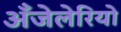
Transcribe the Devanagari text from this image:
अँजेलेरियो